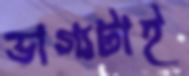
ভাগ্যটাই